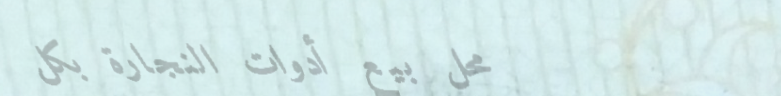
محل بيع أدوات النجارة بكل